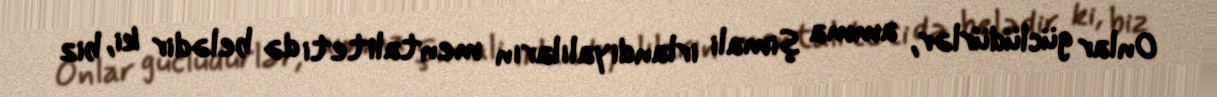
Onlar güclüdürlər, amma şimali irlandiyalıların mentaliteti də belədir ki, biz